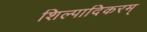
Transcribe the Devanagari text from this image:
शिल्पादिकरम्